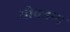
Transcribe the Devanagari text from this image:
योक्त्रण